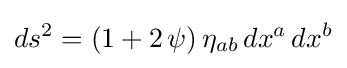
ds^{2}=(1+2\,\psi )\,\eta _{ab}\,dx^{a}\,dx^{b}